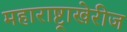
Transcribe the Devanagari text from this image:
महाराष्ट्राखेरीज